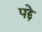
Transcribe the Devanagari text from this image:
पद्दे